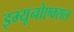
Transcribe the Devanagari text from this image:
इम्यूनोएक्सल